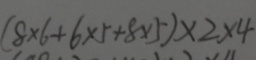
( 8 \times 6 + 6 \times 5 + 8 \times 5 ) \times 2 \times 4